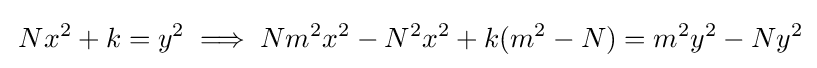
\,Nx^{2}+k=y^{2}\implies Nm^{2}x^{2}-N^{2}x^{2}+k(m^{2}-N)=m^{2}y^{2}-Ny^{2}